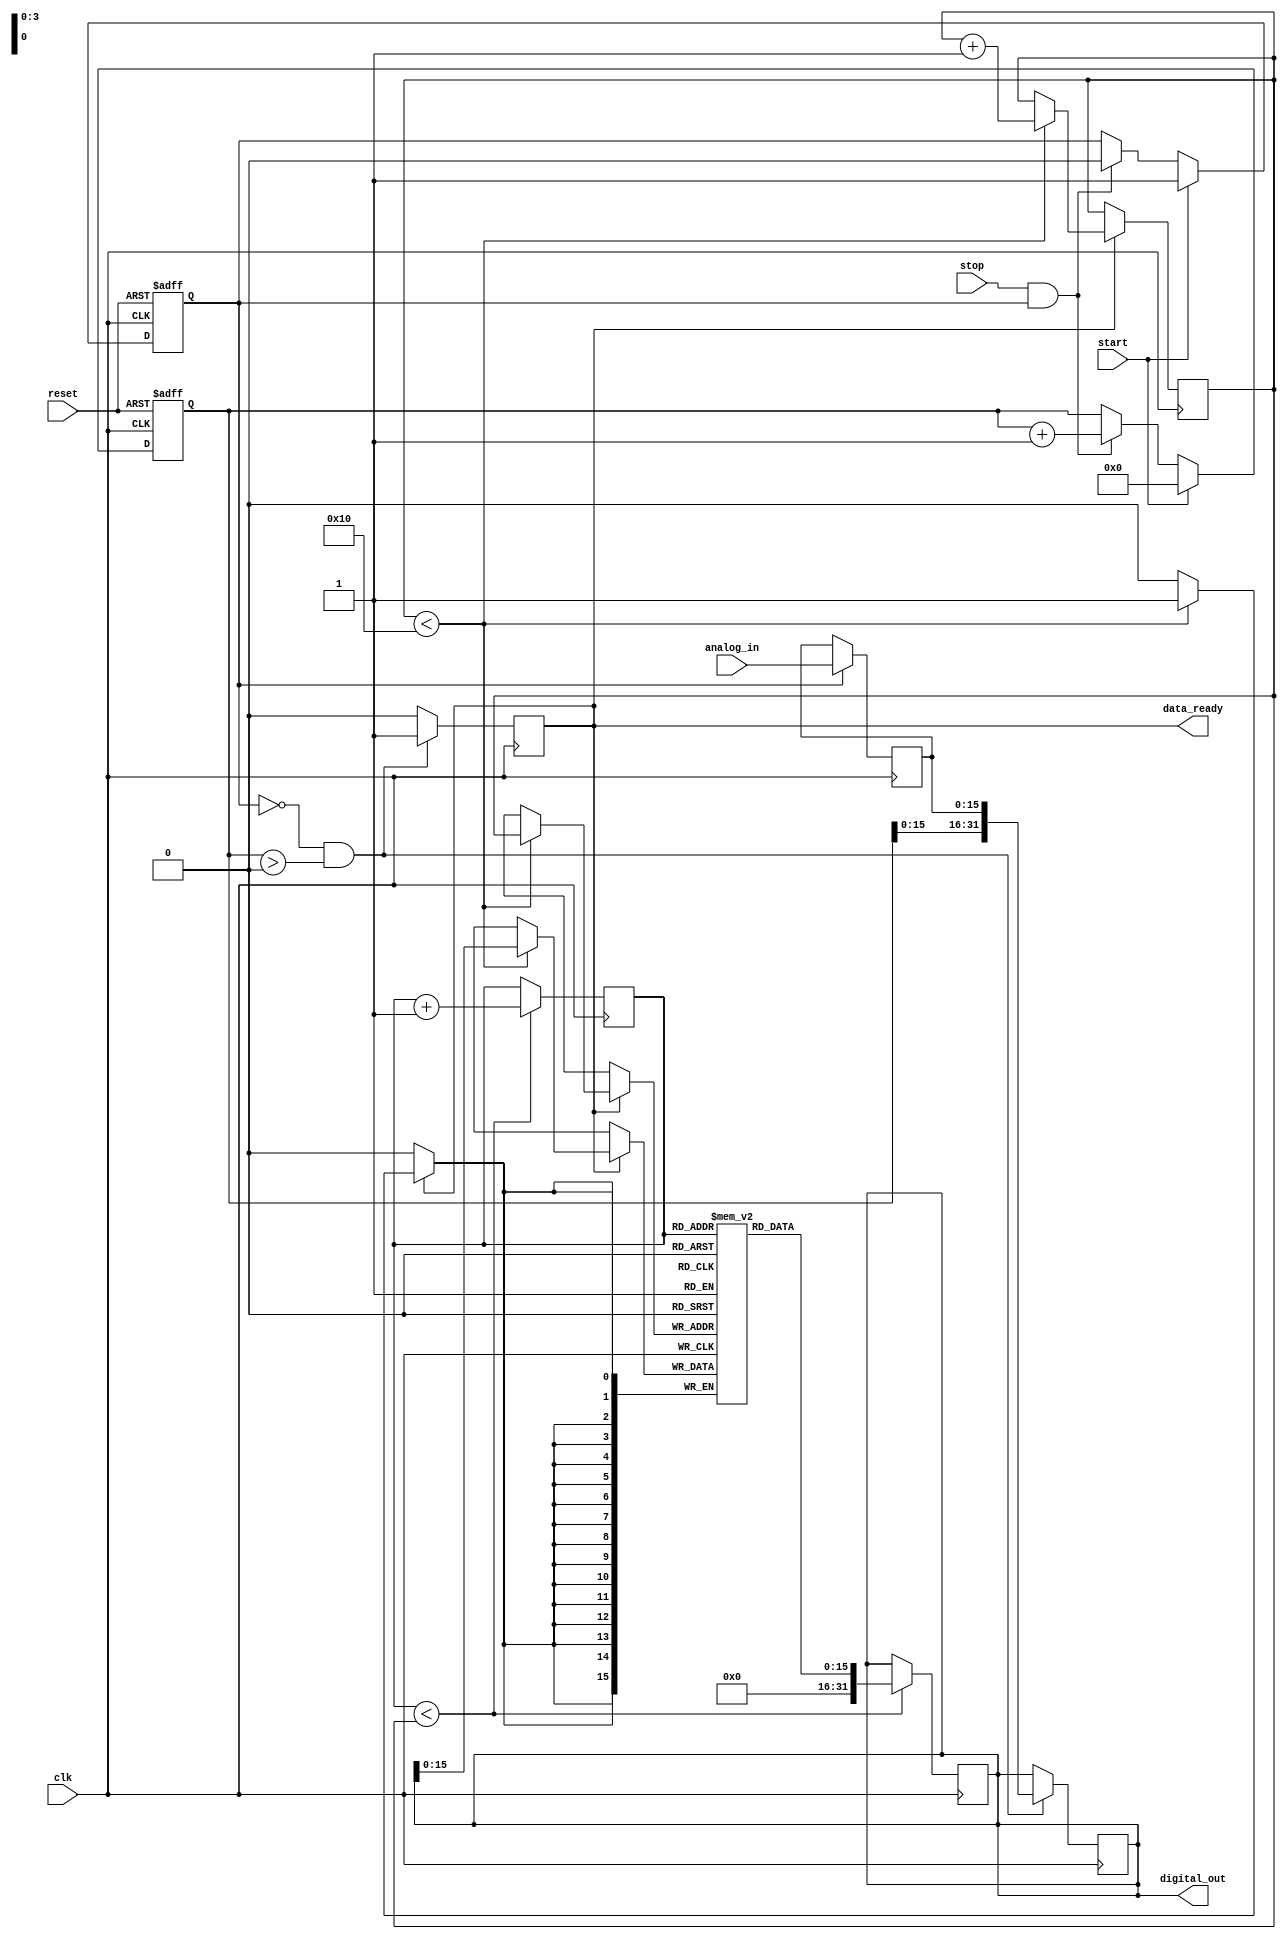
module TDC (
    input wire clk,             // System clock
    input wire reset,           // Reset signal
    input wire start,           // Start signal for measurement
    input wire stop,            // Stop signal for measurement
    input wire [15:0] analog_in, // Analog input signal for ADC
    output reg [31:0] digital_out, // Digital output of time interval
    output reg data_ready       // Data ready signal
);

// Parameters
parameter MEMORY_SIZE = 16;     // Size of the memory block
parameter ADC_RESOLUTION = 16;   // ADC resolution

// Internal Signals
reg [31:0] time_interval;         // Time interval measurement
reg [15:0] adc_out;               // ADC output
reg [MEMORY_SIZE-1:0] memory [0:MEMORY_SIZE-1]; // Memory block
reg [3:0] write_pointer;          // Write pointer for memory
reg [3:0] read_pointer;           // Read pointer for memory
reg measuring;                    // Flag to indicate measuring state

// Time Measurement Unit (TMU)
always @(posedge clk or posedge reset) begin
    if (reset) begin
        measuring <= 0;
        time_interval <= 0;
    end else if (start) begin
        measuring <= 1;
        time_interval <= 0; // Reset time interval
    end else if (stop && measuring) begin
        measuring <= 0;
        // Capture time interval (for simplicity, just a counter)
        time_interval <= time_interval + 1; // Replace with actual measurement logic
    end
end

// Analog-to-Digital Conversion (ADC)
always @(posedge clk) begin
    if (measuring) begin
        adc_out <= analog_in; // Sample the analog input
    end
end

// Digital Processing Unit (DPU)
always @(posedge clk) begin
    if (!measuring && time_interval > 0) begin
        // Process the ADC output and time interval
        digital_out <= {time_interval, adc_out}; // Combine time interval and ADC output
        data_ready <= 1;
    end else begin
        data_ready <= 0;
    end
end

// Memory Block
always @(posedge clk) begin
    if (data_ready) begin
        if (write_pointer < MEMORY_SIZE) begin
            memory[write_pointer] <= digital_out; // Store the measurement
            write_pointer <= write_pointer + 1;   // Increment write pointer
        end
    end
end

// Output Interface (for demonstration purposes)
always @(posedge clk) begin
    if (read_pointer < write_pointer) begin
        // Output the stored measurement (for simplicity, just output the last one)
        digital_out <= memory[read_pointer];
        read_pointer <= read_pointer + 1; // Increment read pointer
    end
end

endmodule